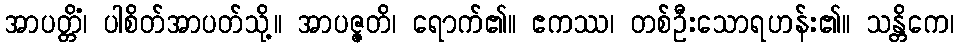
အာပတ္တိံ၊ ပါစိတ်အာပတ်သို့။ အာပဇ္ဇတိ၊ ရောက်၏။ ဧကဿ၊ တစ်ဦးသောရဟန်း၏။ သန္တိကေ၊